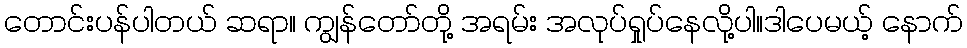
တောင်းပန်ပါတယ် ဆရာ။ ကျွန်တော်တို့ အရမ်း အလုပ်ရှုပ်နေလို့ပါ။ဒါပေမယ့် နောက်